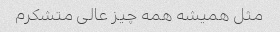
مثل همیشه همه چیز عالی متشکرم